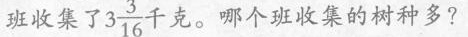
班收集了 $$3 \frac{3}{16}$$ 千克。哪个班收集的树种多?